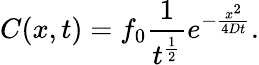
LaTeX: C(x,t)=f_{0}\frac{1}{t^{\frac{1}{2}}}e^{-\frac{x^{2}}{4Dt}}.